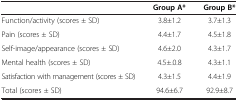
<table><thead><tr><td><b> </b></td><td><b>Group A*</b></td><td><b>Group B*</b></td></tr></thead><tbody><tr><td>Function/activity (scores ± SD)</td><td>3.8±1.2</td><td>3.7±1.3</td></tr><tr><td>Pain (scores ± SD)</td><td>4.4±1.7</td><td>4.5±1.8</td></tr><tr><td>Self-image/appearance (scores ± SD)</td><td>4.6±2.0</td><td>4.3±1.7</td></tr><tr><td>Mental health (scores ± SD)</td><td>4.5±.0.8</td><td>4.3±1.1</td></tr><tr><td>Satisfaction with management (scores ± SD)</td><td>4.3±1.5</td><td>4.4±1.9</td></tr><tr><td>Total (scores ± SD)</td><td>94.6±6.7</td><td>92.9±8.7</td></tr></tbody></table>